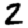
Digit: 2